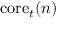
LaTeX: \mathrm { c o r e } _ { t } ( n )